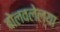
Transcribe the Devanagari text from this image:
बोलवलेल्या